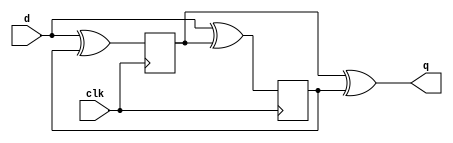
module top_module (
    input clk,
    input d,
    output q
);

    reg q_temp1, q_temp2;
    always @(posedge clk) begin
        q_temp1 <= d ^ q_temp2;
        // bad: q_temp1 <= d;
    end
    
    always @(negedge clk) begin
        q_temp2 <= d ^ q_temp1;
        // bad: q_temp2 <= d;
    end
    
    assign q = q_temp1 ^ q_temp2;
    // bad: assign q = (clk) ? q_temp1:q_temp2; //glitch
endmodule